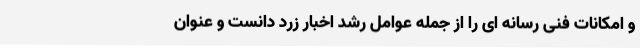
و امکانات فنی رسانه ای را از جمله عوامل رشد اخبار زرد دانست و عنوان